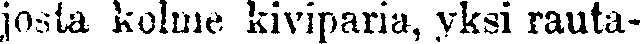
josta kolme kiviparia, yksi rauta-